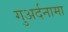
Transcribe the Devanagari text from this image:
गुअर्दनामा